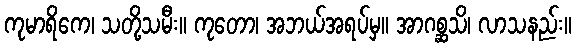
ကုမာရိကေ၊ သတို့သမီး။ ကုတော၊ အဘယ်အရပ်မှ။ အာဂစ္ဆသိ၊ လာသနည်း။